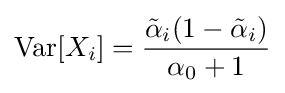
\operatorname {Var} [X_{i}]={\frac {{\tilde {\alpha }}_{i}(1-{\tilde {\alpha }}_{i})}{\alpha _{0}+1}}